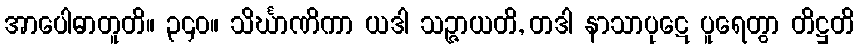
အာပေါဓာတူတိ။ ၃၄၀။ သိင်္ဃာဏိကာ ယဒါ သဉ္ဇာယတိ, တဒါ နာသာပုဋေ ပူရေတွာ တိဋ္ဌတိ